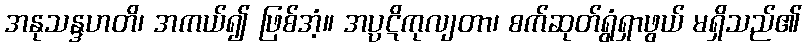
အနုသန္ဒဟတိ၊ အကယ်၍ ဖြစ်အံ့။ အပ္ပဋိကုလျတာ၊ စက်ဆုတ်ရွံရှာဖွယ် မရှိသည်၏